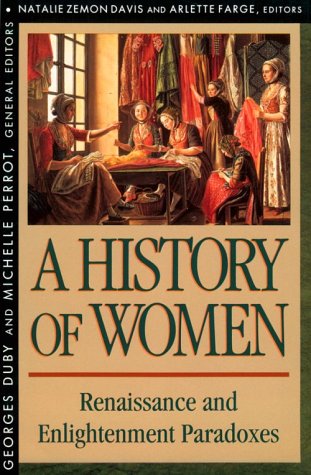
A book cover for History of Women in the West, Volume III: Renaissance and the Enlightenment Paradoxes; Politics & Social Sciences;